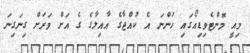
މިއީ މޮންޓެވިޑިއޯގައި ހުންނަ އެ ކުއްޖާގެ އާއިލާގެ ގެ އަށް ވަރަށް ގިނަގިނަ